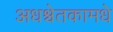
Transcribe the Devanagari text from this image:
अधश्चेतकामधे